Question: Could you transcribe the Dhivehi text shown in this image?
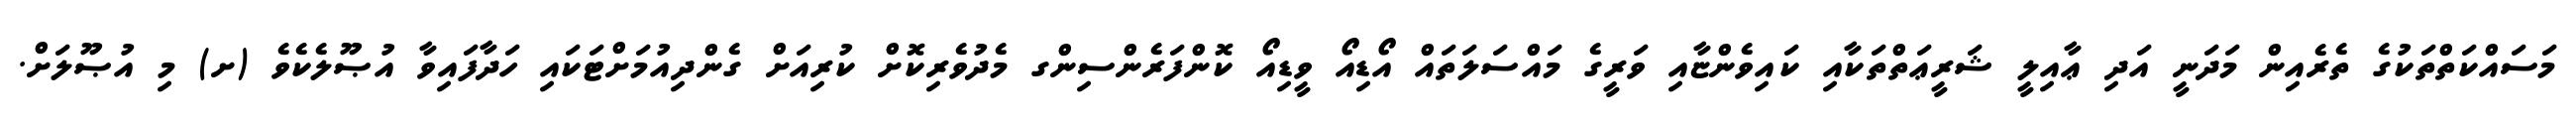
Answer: މަސައްކަތްތަކުގެ ތެރެއިން މަދަނީ އަދި ޢާއިލީ ޝަރީޢަތްތަކާއި ކައިވެންޏާއި ވަރީގެ މައްސަލަތައް އޯޑިއޯ ވީޑިއޯ ކޮންފަރެންސިންގ މެދުވެރިކޮށް ކުރިއަށް ގެންދިއުމަށްޓަކައި ހަދާފައިވާ އުޞޫލެކެވެ (ށ) މި އުޞޫލަށް.